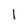
Character: 1